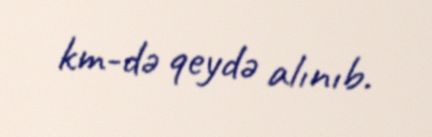
km-də qeydə alınıb.